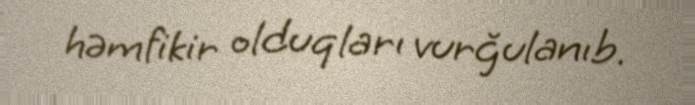
həmfikir olduqları vurğulanıb.